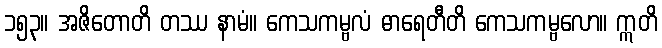
၁၅၃။ အဇိတောတိ တဿ နာမံ။ ကေသကမ္ဗလံ ဓာရေတီတိ ကေသကမ္ဗလော။ ဣတိ